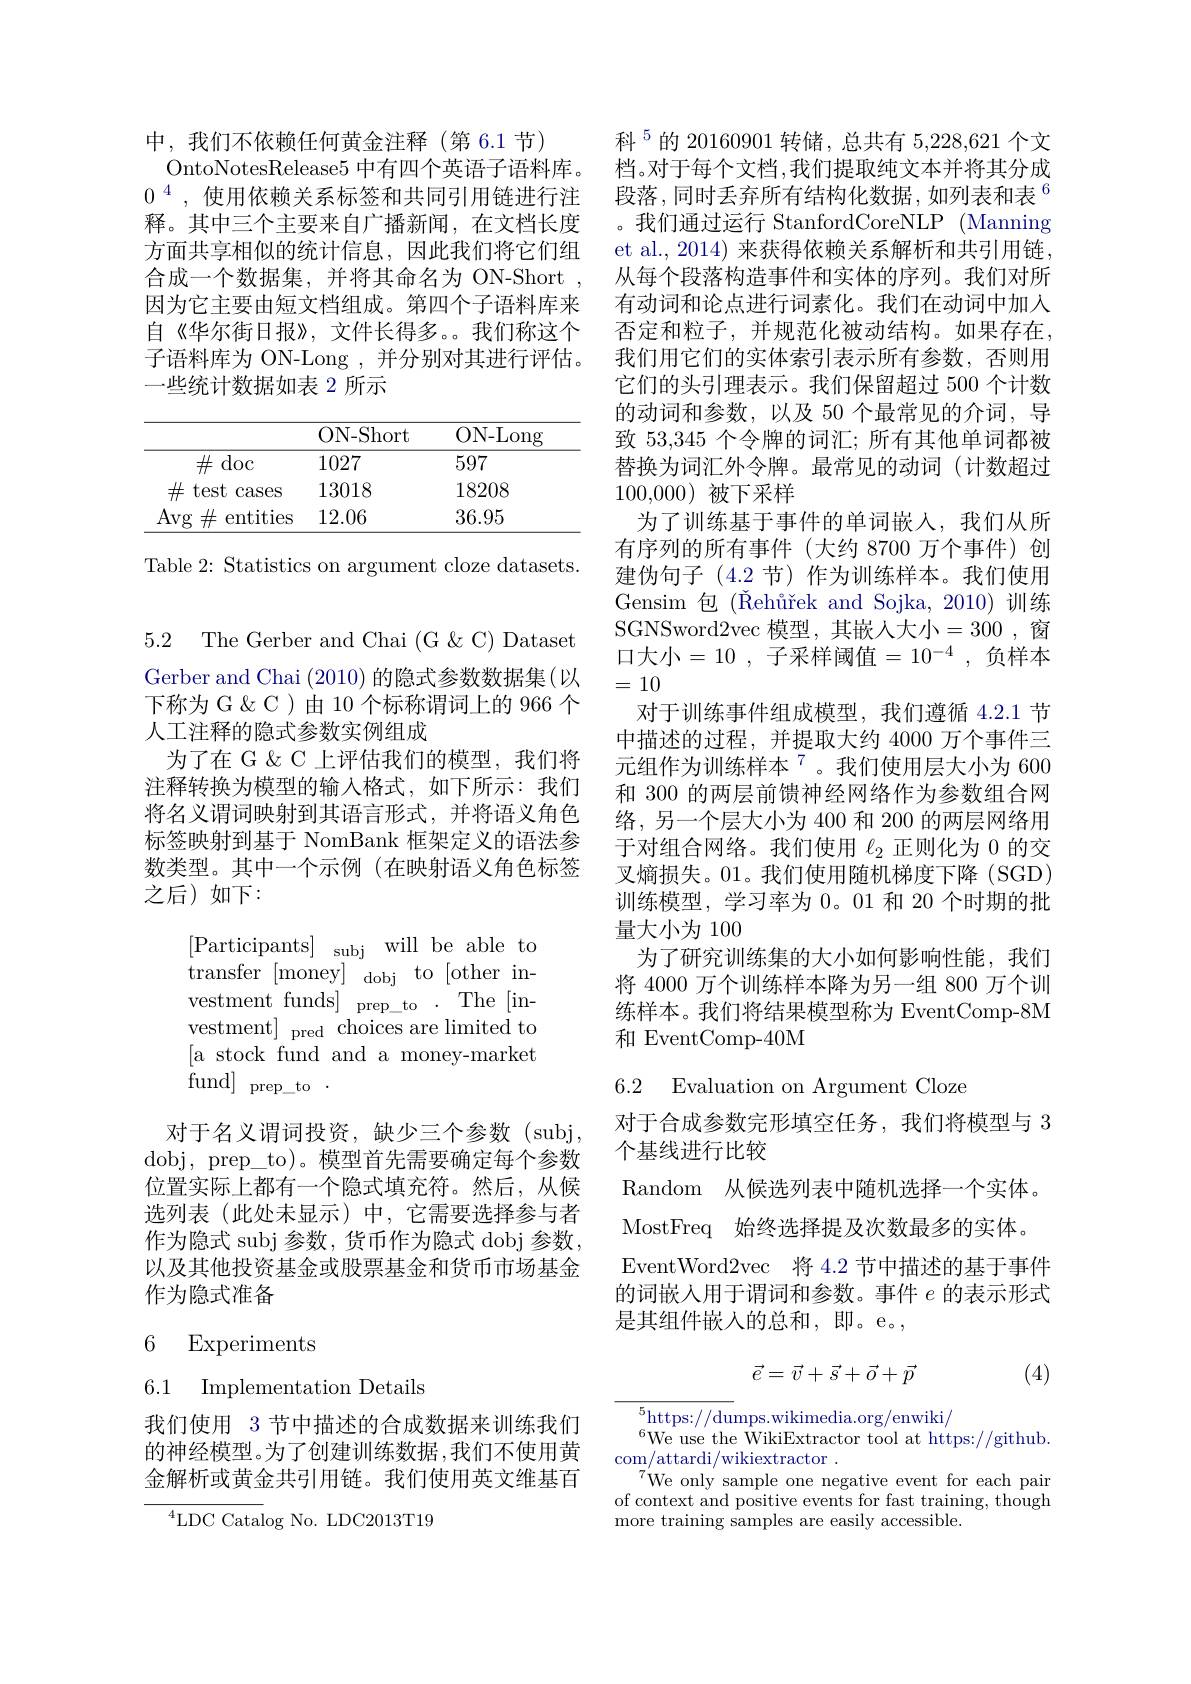
中，我们不依赖任何黄金注释(第6.1节)
OntoNotesRelease5 中有四个英语子语料库。$0^{4}$,使用依赖关系标签和共同引用链进行注释。其中三个主要来自广播新闻，在文档长度方面共享相似的统计信息，因此我们将它们组合成一个数据集，并将其命名为 ON-Short 因为它主要由短文档组成。第四个子语料库来自《华尔街日报》,文件长得多。。我们称这个子语料库为 ON-Long ,并分别对其进行评估。一些统计数据如表 2 所示

<table>
	<tbody>
		<tr>
			<th> </th>
			<th>ON- Short</th>
			<th>ON- Long</th>
		</tr>
		<tr>
			<td>$\#$doc</td>
			<td>1027</td>
			<td>597</td>
		</tr>
		<tr>
			<td>$\#$ test 1 cases T</td>
			<td>13018</td>
			<td>18208</td>
		</tr>
		<tr>
			<td>Avg$\#$ entities</td>
			<td>12.06</td>
			<td>36.95</td>
		</tr>
	</tbody>
</table>

Table 2: Statistics on argument cloze datasets.

5.2 The Gerber and Chai (G & C) Dataset

Gerber and Chai (2010)的隐式参数数据集(以下称为 G & C ) 由 10 个标称谓词上的 966 个人工注释的隐式参数实例组成
为了在 G & C 上评估我们的模型，我们将注释转换为模型的输入格式，如下所示：我们将名义谓词映射到其语言形式，并将语义角色标签映射到基于 NomBank 框架定义的语法参数类型。其中一个示例(在映射语义角色标签之后)如下：

[Participants] subj will be able to transfer [ money] dobj to [ other in- vestment funds] $\operatorname* { prep\_ to}$ . The$~[$investment] pred choices are limited to [a stock fund and a money-market fund] prep\_to .

对于名义谓词投资，缺少三个参数(subj. dobj, prep\_to)。模型首先需要确定每个参数位置实际上都有一个隐式填充符。然后，从候选列表(此处未显示)中，它需要选择参与者作为隐式 subj 参数，货币作为隐式 dobj 参数， 以及其他投资基金或股票基金和货币市场基金作为隐式准备

# 6 Experiments

6.1 Implementation Details

我们使用 3 节中描述的合成数据来训练我们的神经模型。为了创建训练数据，我们不使用黄金解析或黄金共引用链。我们使用英文维基百

${}^{4}$LDC Catalog No. LDC2013T19

科$^{5}$的 20160901 转储，总共有 5,228,621 个文档。对于每个文档，我们提取纯文本并将其分成段落，同时丢弃所有结构化数据，如列表和表$^{6}$ 。我们通过运行 StanfordCoreNLP (Manning et al., 2014) 来获得依赖关系解析和共引用链， 从每个段落构造事件和实体的序列。我们对所有动词和论点进行词素化。我们在动词中加入否定和粒子，并规范化被动结构。如果存在， 我们用它们的实体索引表示所有参数，否则用它们的头引理表示。我们保留超过 500 个计数的动词和参数，以及 50 个最常见的介词，导致 53,345 个令牌的词汇；所有其他单词都被替换为词汇外令牌。最常见的动词(计数超过100,000)被下采样
为了训练基于事件的单词嵌入，我们从所有序列的所有事件(大约 8700 万个事件)创建伪句子 (4.2 节) 作为训练样本。我们使用Gensim 包($\text{\v {R}eh\r {u}\v {r}ekandSojka, 2010) 训 练 }$ SGNSword2vec 模 型 , 其 嵌 入 大 小 = 300 , 窗 口大小=10 ,子采样阈值$= 10^- 4$ ,负样本=10
对于训练事件组成模型，我们遵循 4.2.1 节中描述的过程，并提取大约 4000 万个事件三元组作为训练样本$^{7}$。我们使用层大小为 600和 300 的两层前馈神经网络作为参数组合网络，另一个层大小为 400 和 200 的两层网络用于对组合网络。我们使用$\ell_{2}$正则化为 0 的交叉熵损失。01。我们使用随机梯度下降(SGD) 训练模型，学习率为0。01 和 20 个时期的批量大小为 100
为了研究训练集的大小如何影响性能，我们将 4000 万个训练样本降为另一组 800 万个训练样本。我们将结果模型称为 EventComp-8M 和 EventComp-40M

6.2 Evaluation on Argument Cloze

对于合成参数完形填空任务，我们将模型与 3
个基线进行比较
Random 从候选列表中随机选择一个实体。MostFreq 始终选择提及次数最多的实体。EventWord2vec 将 4.2 节中描述的基于事件的词嵌入用于谓词和参数。事件$e$的表示形式是其组件嵌入的总和，即。e。,
$$\vec e=\vec v+\vec s+\vec o+\vec p$$
(4)

$^5$https://dumps.wikimedia.org/enwiki/
$^{6}$We use the WikiExtractor tool at https://github.
com/attardi/wikiextractor .
$^{7}$We onlysample one negative event for each pair of context and positive events for fast training, though more training samples are easily accessible.